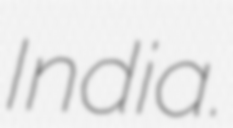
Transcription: India.